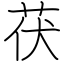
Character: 茯